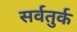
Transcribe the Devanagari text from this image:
सर्वतुर्क